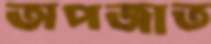
অপজাত